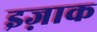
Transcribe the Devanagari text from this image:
इज़ाक